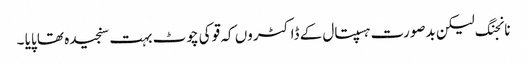
نانجنگ لیکن بدصورت ہسپتال کے ڈاکٹروں کہ قو کی چوٹ بہت سنجیدہ تھا پایا ۔